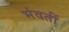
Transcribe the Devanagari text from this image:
भंवतीं